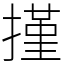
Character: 㨷